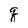
Character: q